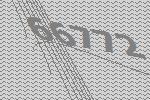
66772